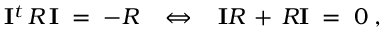
{ \mathbf I } ^ { t } \, R \, { \mathbf I } \; = \; - R \; \; \; \Leftrightarrow \; \; \; { \mathbf I } R \, + \, R { \mathbf I } \; = \; 0 \; ,